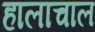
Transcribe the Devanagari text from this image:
हालाचाल